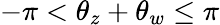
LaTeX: -\pi<\theta_{z}+\theta_{w}\leq\pi